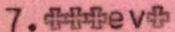
7.+++ev+